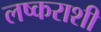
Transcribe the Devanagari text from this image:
लष्कराशी